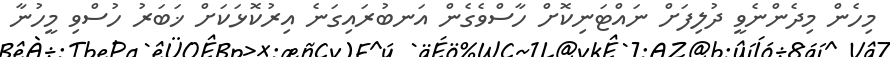
މިހެން މިދެންނެވީ ދުލިފަށް ނައްޓަނިކޮށް ހާސްވެގެން އަނބުރައިގަނެ އިރުކޮޅަކަށް ޚަބަރު ހުސްވި މީހުނާ